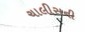
ચાલીસની